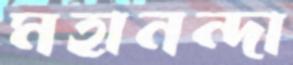
মহানন্দা